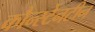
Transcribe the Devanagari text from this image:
कौन्स्टेनटीन